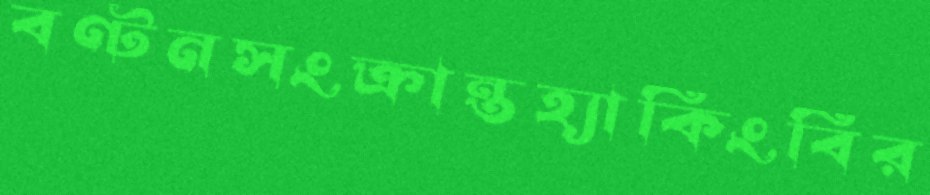
বণ্টনসংক্রান্তহ্যাকিংবির